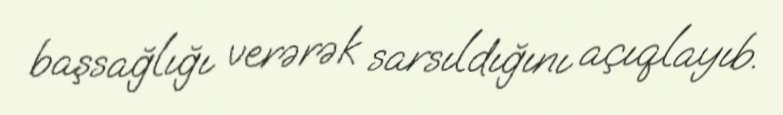
başsağlığı verərək sarsıldığını açıqlayıb.